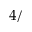
4 /